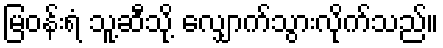
မြဝန်းရံ သူ့ဆီသို့ လျှောက်သွားလိုက်သည်။